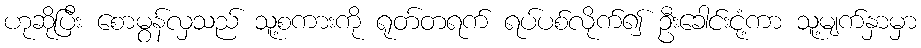
ဟုဆိုပြီး စောမွန်လှသည် သူ့စကားကို ရုတ်တရက် ရပ်ပစ်လိုက်၍ ဦးခေါင်းငုံ့ကာ သူ့မျက်နှာမှာ